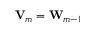
{ \bf V } _ { m } = { \bf W } _ { m - 1 }